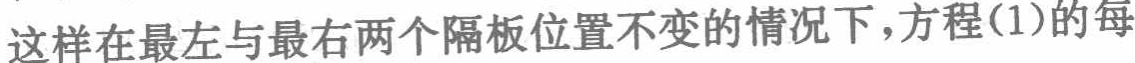
这样在最左与最右两个隔板位置不变的情况下，方程(1)的每